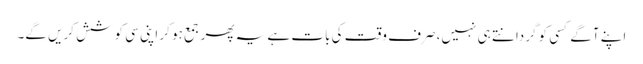
اپنے آگے کسی کو گردانتے ہی نہیں، صرف وقت کی بات ہے یہ پھر جمع ہو کر اپنی سی کوشش کریں گے۔